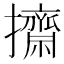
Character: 𢹓